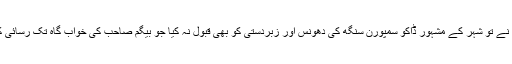
بیگم صاحب نے تو شہر کے مشہور ڈاکو سمپورن سنگھ کی دھونس اور زبردستی کو بھی قبول نہ کیا جو بیگم صاحب کی خواب گاہ تک رسائی کا متمنی تھا۔